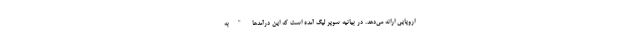
اروپایی ارائه می‌دهد. در بیانیه سوپر لیگ آمده است که این درآمدها "به